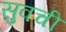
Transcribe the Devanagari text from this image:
सुवची